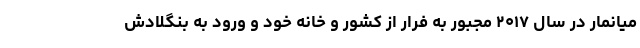
میانمار در سال ۲۰۱۷ مجبور به فرار از کشور و خانه خود و ورود به بنگلادش